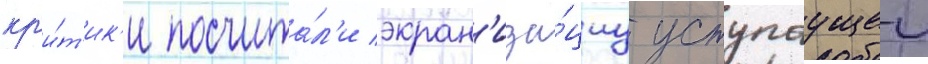
кр'и́т'ик'и посчита́л'и экран'иза́циу уступаущеи